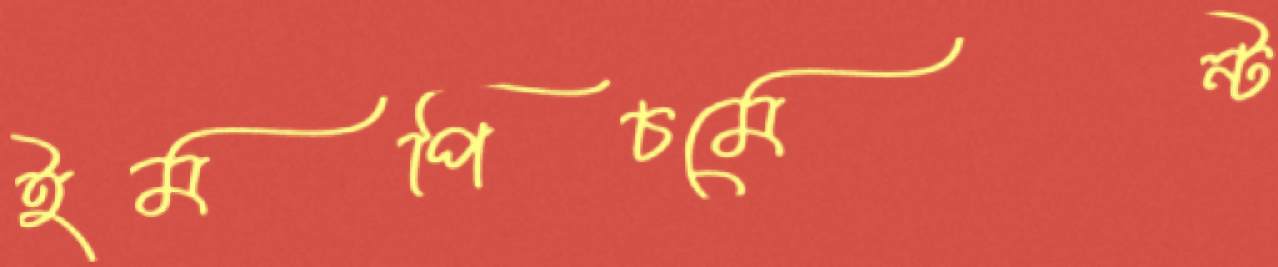
ইমপিচমেন্ট